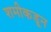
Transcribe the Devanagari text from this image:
शमीकडून